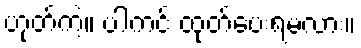
ဟုတ်ကဲ့။ ပါကင် ထုတ်ပေးရမလား။